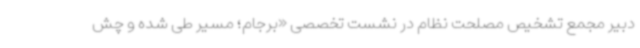
دبیر مجمع تشخیص مصلحت نظام در نشست تخصصی «برجام؛ مسیر طی شده و چش